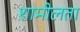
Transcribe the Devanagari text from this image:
शामीलता